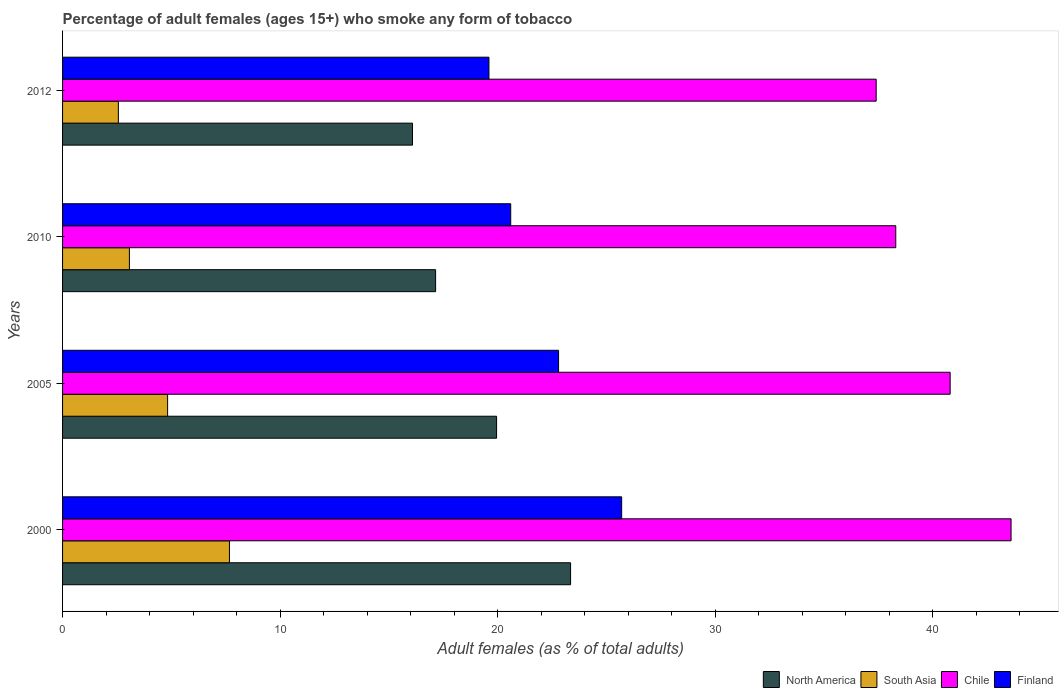
| Years | North America | South Asia | Chile | Finland |
 | --- | --- | --- | --- | --- |
 | 2000 | 23.4 | 7.67 | 43.6 | 25.7 |
 | 2005 | 20 | 4.83 | 40.8 | 22.8 |
 | 2010 | 17.1 | 3.07 | 38.3 | 20.6 |
 | 2012 | 16.1 | 2.56 | 37.4 | 19.6 |